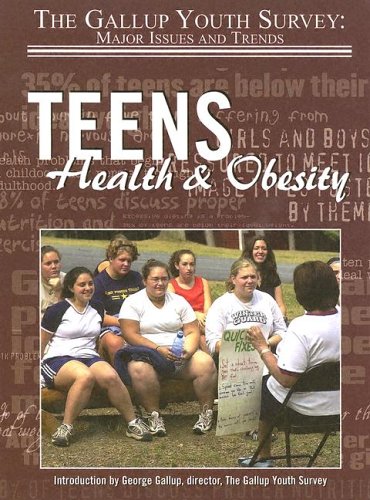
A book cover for Teens Health & Obesity (Gallup Youth Survey: Major Issues and Trends); Peter Owens; Teen & Young Adult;